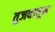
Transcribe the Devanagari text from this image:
तुजवाचून